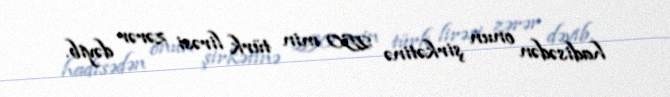
hadisədən onun şirkətinə 250 min türk lirəsi zərər dəyib.